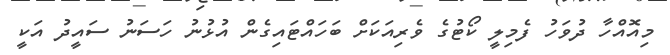
މިއޮއްހާ ދުވަހު ފެމިލީ ކޯޓުގެ ވެރިއަކަށް ބަހައްޓައިގެން އުޅުނު ހަސަނު ސައީދު އަކީ